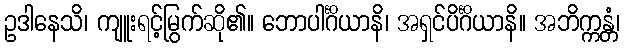
ဥဒါနေသိ၊ ကျူးရင့်မြွက်ဆို၏။ ဘောပါင်္ဂိယာနိ၊ အရှင်ပိင်္ဂိယာနိ။ အဘိက္ကန္တံ၊